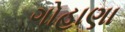
ગોહાણા